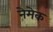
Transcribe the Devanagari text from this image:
नेमेक